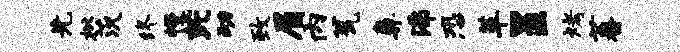
先枇茨终幔芘动致眉内瓮鼻沸恐革呈烤蕃